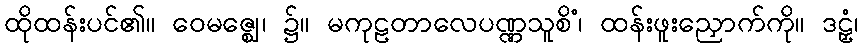
ထိုထန်းပင်၏။ ဝေမဇ္ဈေ၊ ၌။ မကုဠတာလေပဏ္ဏသူစိံ၊ ထန်းဖူးညှောက်ကို။ ဒဠှံ၊